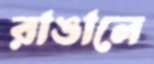
রাঙালে